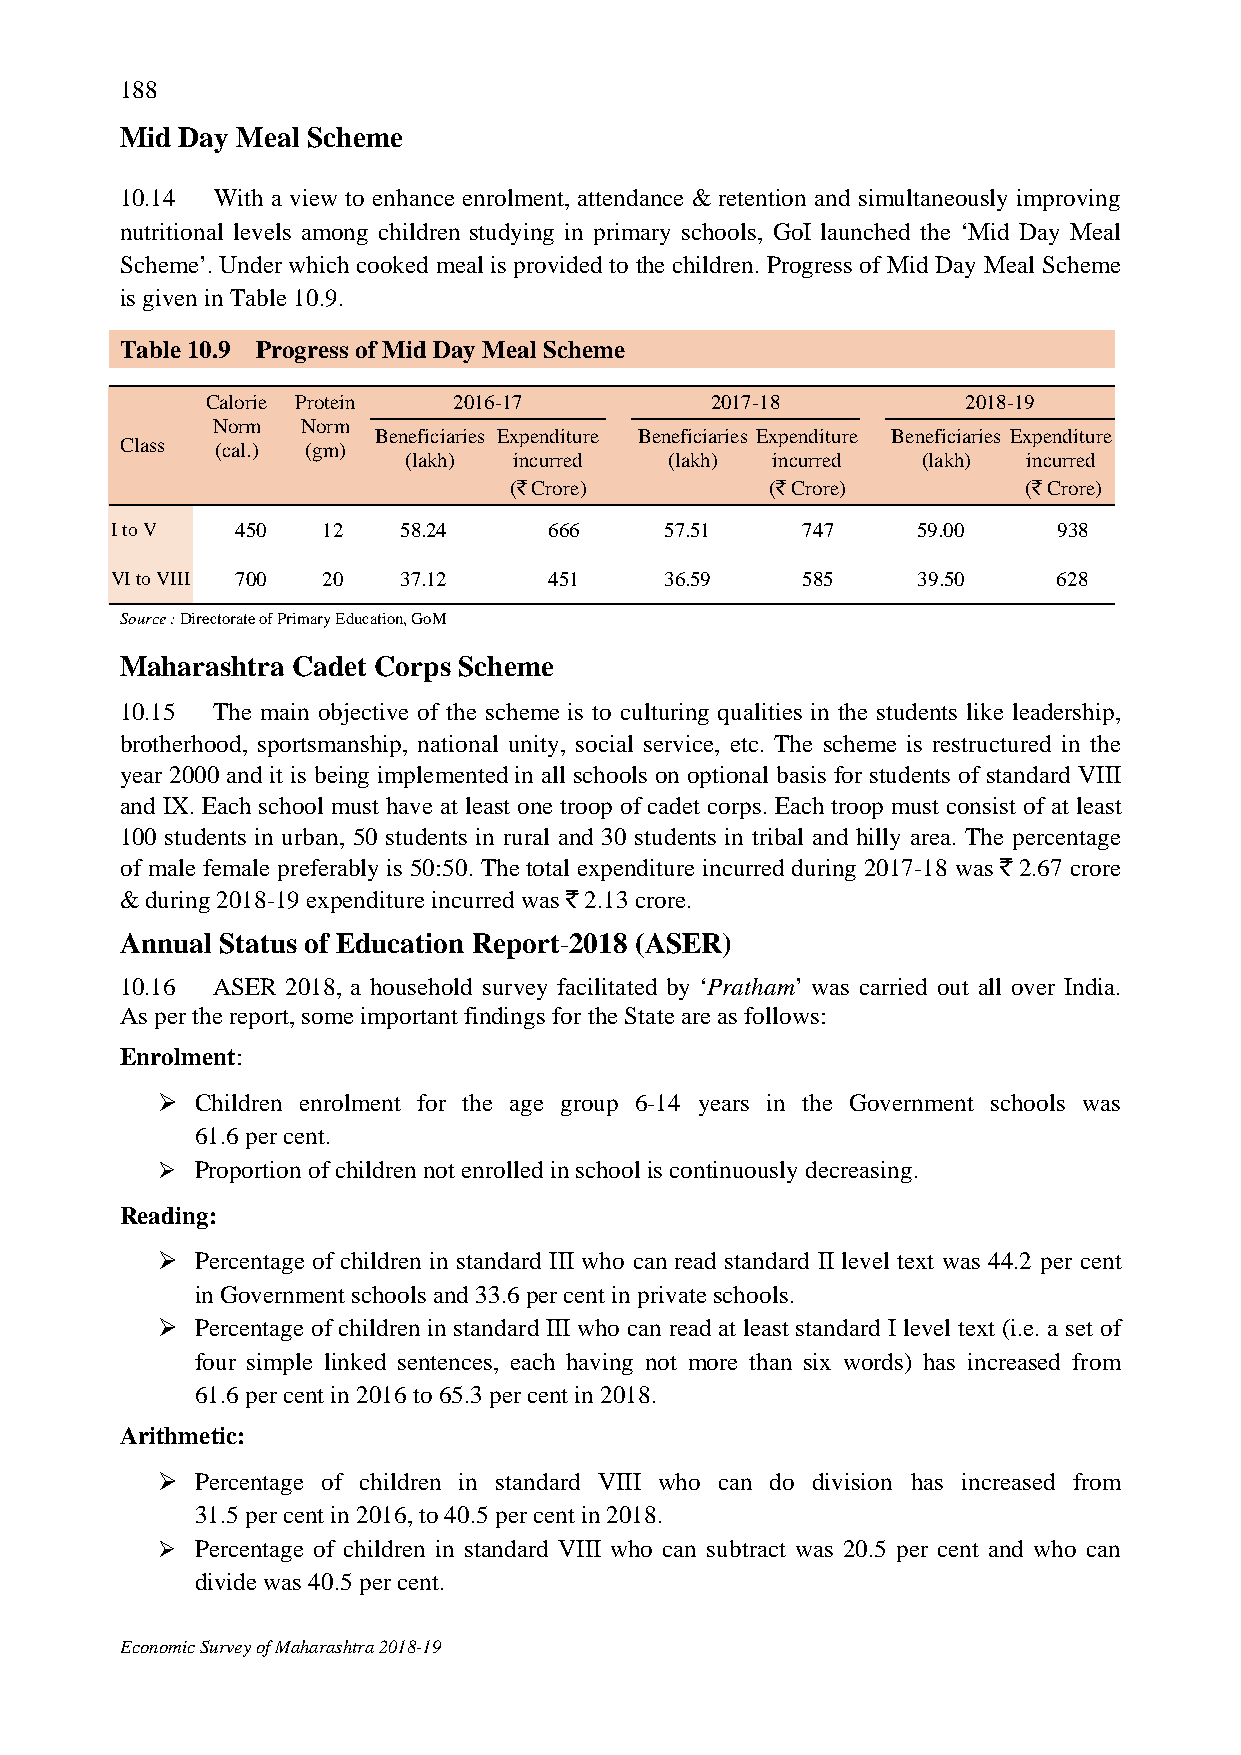
188
 Mid Day Meal Scheme
 10.14 With a view to enhance enrolment, attendance & retention and simultaneously improving
 nutritional levels among children studying in primary schools, GoI launched the ‘Mid Day Meal
 Scheme’. Under which cooked meal is provided to the children. Progress of Mid Day Meal Scheme
 is given in Table 10.9.
 Table 10.9 Progress of Mid Day Meal Scheme
 Calorie Protein 2016-17          2017-18          2018-19
 Norm  Norm
 Beneficiaries Expenditure Beneficiaries Expenditure Beneficiaries Expenditure
 Class (cal.) (gm)
 (lakh) incurred  (lakh) incurred  (lakh) incurred
 (` Crore)        (` Crore)        (` Crore)
 I to V   450  12   58.24     666     57.51    747     59.00    938
 VI to VIII 700 20  37.12     451     36.59    585     39.50    628
 Source : Directorate of Primary Education, GoM
 Maharashtra Cadet Corps Scheme
 10.15 The main objective of the scheme is to culturing qualities in the students like leadership,
 brotherhood, sportsmanship, national unity, social service, etc. The scheme is restructured in the
 year 2000 and it is being implemented in all schools on optional basis for students of standard VIII
 and IX. Each school must have at least one troop of cadet corps. Each troop must consist of at least
 100 students in urban, 50 students in rural and 30 students in tribal and hilly area. The percentage
 of male female preferably is 50:50. The total expenditure incurred during 2017-18 was ` 2.67 crore
 & during 2018-19 expenditure incurred was ` 2.13 crore.
 Annual Status of Education Report-2018 (ASER)
 10.16 ASER 2018, a household survey facilitated by ‘Pratham’ was carried out all over India.
 As per the report, some important findings for the State are as follows:
 Enrolment:
   Children enrolment for the age group 6-14 years in the Government schools was
 61.6 per cent.
   Proportion of children not enrolled in school is continuously decreasing.
 Reading:
   Percentage of children in standard III who can read standard II level text was 44.2 per cent
 in Government schools and 33.6 per cent in private schools.
   Percentage of children in standard III who can read at least standard I level text (i.e. a set of
 four simple linked sentences, each having not more than six words) has increased from
 61.6 per cent in 2016 to 65.3 per cent in 2018.
 Arithmetic:
   Percentage of children in standard VIII who can do division has increased from
 31.5 per cent in 2016, to 40.5 per cent in 2018.
   Percentage of children in standard VIII who can subtract was 20.5 per cent and who can
 divide was 40.5 per cent.
 Economic Survey of Maharashtra 2018-19